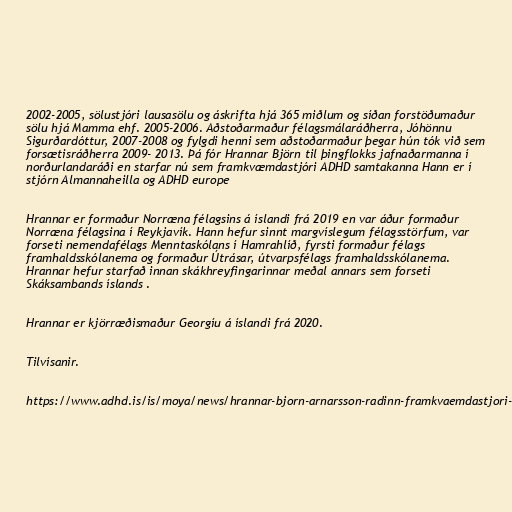
2002-2005, sölustjóri lausasölu og áskrifta hjá 365 miðlum og síðan forstöðumaður
sölu hjá Mamma ehf. 2005-2006. Aðstoðarmaður félagsmálaráðherra, Jóhönnu
Sigurðardóttur, 2007-2008 og fylgdi henni sem aðstoðarmaður þegar hún tók við sem
forsætisráðherra 2009- 2013. Þá fór Hrannar Björn til þingflokks jafnaðarmanna í
norðurlandaráði en starfar nú sem framkvæmdastjóri ADHD samtakanna Hann er í
stjórn Almannaheilla og ADHD europe

Hrannar er formaður Norræna félagsins á íslandi frá 2019 en var áður formaður
Norræna félagsina í Reykjavík. Hann hefur sinnt margvíslegum félagsstörfum, var
forseti nemendafélags Menntaskólans í Hamrahlíð, fyrsti formaður félags
framhaldsskólanema og formaður Útrásar, útvarpsfélags framhaldsskólanema.
Hrannar hefur starfað innan skákhreyfingarinnar meðal annars sem forseti
Skáksambands íslands .

Hrannar er kjörræðismaður Georgíu á íslandi frá 2020.

Tilvísanir.

https://www.adhd.is/is/moya/news/hrannar-bjorn-arnarsson-radinn-framkvaemdastjori-adhd-samtakanna